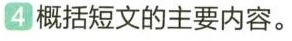
4概括短文的主要内容。